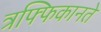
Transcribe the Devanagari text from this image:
त्रफ्फिकानते